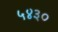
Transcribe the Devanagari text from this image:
५४३०